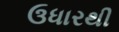
ઉધારથી